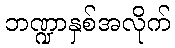
ဘဏ္ဍာနှစ်အလိုက်